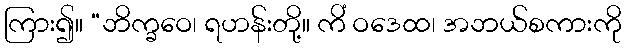
ကြား၍။ “ဘိက္ခဝေ၊ ရဟန်းတို့။ ကိံ ဝဒေထ၊ အဘယ်စကားကို